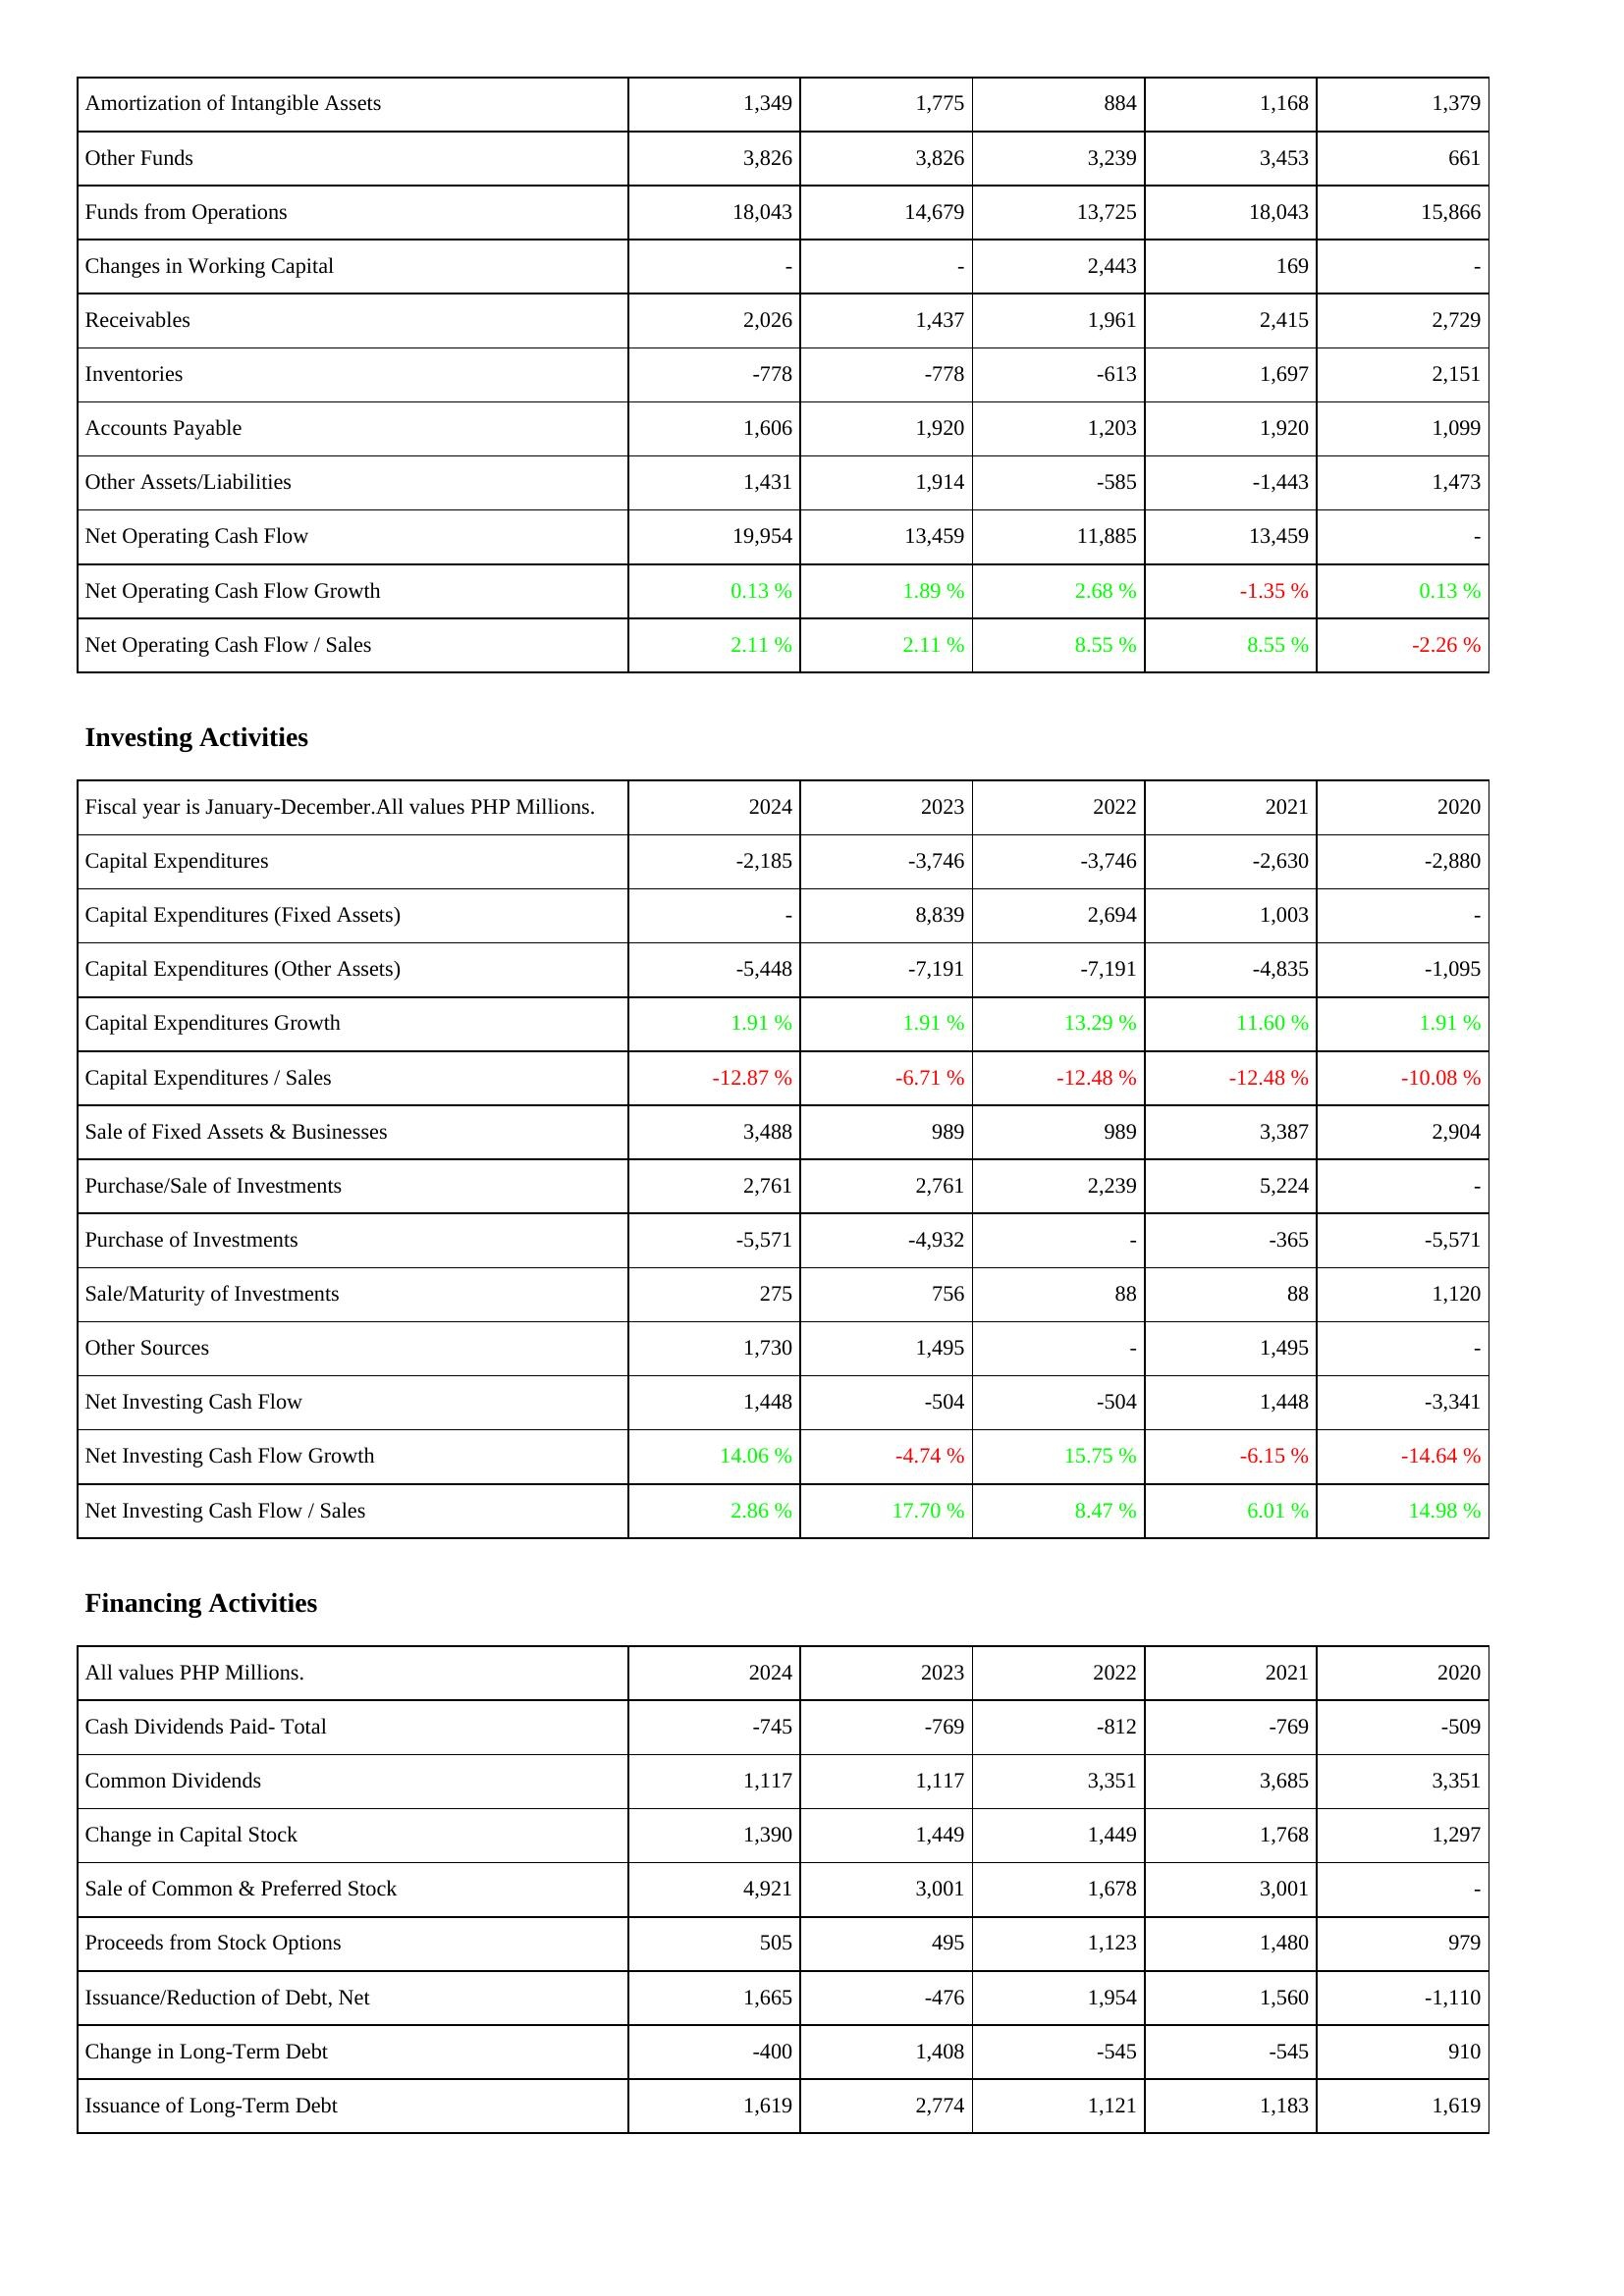
2024: Operating Activities: Amortization of Intangible Assets: 1,349
Other Funds: 3,826
Funds from Operations: 18,043
Changes in Working Capital: -
Receivables: 2,026
Inventories: -778
Accounts Payable: 1,606
Other Assets/Liabilities: 1,431
Net Operating Cash Flow: 19,954
Net Operating Cash Flow Growth: 0.13 %
Net Operating Cash Flow / Sales: 2.11 %
Investing Activities: Capital Expenditures: -2,185
Capital Expenditures (Fixed Assets): -
Capital Expenditures (Other Assets): -5,448
Capital Expenditures Growth: 1.91 %
Capital Expenditures / Sales: -12.87 %
Sale of Fixed Assets & Businesses: 3,488
Purchase/Sale of Investments: 2,761
Purchase of Investments: -5,571
Sale/Maturity of Investments: 275
Other Sources: 1,730
Net Investing Cash Flow: 1,448
Net Investing Cash Flow Growth: 14.06 %
Net Investing Cash Flow / Sales: 2.86 %
Financing Activities: Cash Dividends Paid- Total: -745
Common Dividends: 1,117
Change in Capital Stock: 1,390
Sale of Common & Preferred Stock: 4,921
Proceeds from Stock Options: 505
Issuance/Reduction of Debt, Net: 1,665
Change in Long-Term Debt: -400
Issuance of Long-Term Debt: 1,619
2023: Operating Activities: Amortization of Intangible Assets: 1,775
Other Funds: 3,826
Funds from Operations: 14,679
Changes in Working Capital: -
Receivables: 1,437
Inventories: -778
Accounts Payable: 1,920
Other Assets/Liabilities: 1,914
Net Operating Cash Flow: 13,459
Net Operating Cash Flow Growth: 1.89 %
Net Operating Cash Flow / Sales: 2.11 %
Investing Activities: Capital Expenditures: -3,746
Capital Expenditures (Fixed Assets): 8,839
Capital Expenditures (Other Assets): -7,191
Capital Expenditures Growth: 1.91 %
Capital Expenditures / Sales: -6.71 %
Sale of Fixed Assets & Businesses: 989
Purchase/Sale of Investments: 2,761
Purchase of Investments: -4,932
Sale/Maturity of Investments: 756
Other Sources: 1,495
Net Investing Cash Flow: -504
Net Investing Cash Flow Growth: -4.74 %
Net Investing Cash Flow / Sales: 17.70 %
Financing Activities: Cash Dividends Paid- Total: -769
Common Dividends: 1,117
Change in Capital Stock: 1,449
Sale of Common & Preferred Stock: 3,001
Proceeds from Stock Options: 495
Issuance/Reduction of Debt, Net: -476
Change in Long-Term Debt: 1,408
Issuance of Long-Term Debt: 2,774
2022: Operating Activities: Amortization of Intangible Assets: 884
Other Funds: 3,239
Funds from Operations: 13,725
Changes in Working Capital: 2,443
Receivables: 1,961
Inventories: -613
Accounts Payable: 1,203
Other Assets/Liabilities: -585
Net Operating Cash Flow: 11,885
Net Operating Cash Flow Growth: 2.68 %
Net Operating Cash Flow / Sales: 8.55 %
Investing Activities: Capital Expenditures: -3,746
Capital Expenditures (Fixed Assets): 2,694
Capital Expenditures (Other Assets): -7,191
Capital Expenditures Growth: 13.29 %
Capital Expenditures / Sales: -12.48 %
Sale of Fixed Assets & Businesses: 989
Purchase/Sale of Investments: 2,239
Purchase of Investments: -
Sale/Maturity of Investments: 88
Other Sources: -
Net Investing Cash Flow: -504
Net Investing Cash Flow Growth: 15.75 %
Net Investing Cash Flow / Sales: 8.47 %
Financing Activities: Cash Dividends Paid- Total: -812
Common Dividends: 3,351
Change in Capital Stock: 1,449
Sale of Common & Preferred Stock: 1,678
Proceeds from Stock Options: 1,123
Issuance/Reduction of Debt, Net: 1,954
Change in Long-Term Debt: -545
Issuance of Long-Term Debt: 1,121
2021: Operating Activities: Amortization of Intangible Assets: 1,168
Other Funds: 3,453
Funds from Operations: 18,043
Changes in Working Capital: 169
Receivables: 2,415
Inventories: 1,697
Accounts Payable: 1,920
Other Assets/Liabilities: -1,443
Net Operating Cash Flow: 13,459
Net Operating Cash Flow Growth: -1.35 %
Net Operating Cash Flow / Sales: 8.55 %
Investing Activities: Capital Expenditures: -2,630
Capital Expenditures (Fixed Assets): 1,003
Capital Expenditures (Other Assets): -4,835
Capital Expenditures Growth: 11.60 %
Capital Expenditures / Sales: -12.48 %
Sale of Fixed Assets & Businesses: 3,387
Purchase/Sale of Investments: 5,224
Purchase of Investments: -365
Sale/Maturity of Investments: 88
Other Sources: 1,495
Net Investing Cash Flow: 1,448
Net Investing Cash Flow Growth: -6.15 %
Net Investing Cash Flow / Sales: 6.01 %
Financing Activities: Cash Dividends Paid- Total: -769
Common Dividends: 3,685
Change in Capital Stock: 1,768
Sale of Common & Preferred Stock: 3,001
Proceeds from Stock Options: 1,480
Issuance/Reduction of Debt, Net: 1,560
Change in Long-Term Debt: -545
Issuance of Long-Term Debt: 1,183
2020: Operating Activities: Amortization of Intangible Assets: 1,379
Other Funds: 661
Funds from Operations: 15,866
Changes in Working Capital: -
Receivables: 2,729
Inventories: 2,151
Accounts Payable: 1,099
Other Assets/Liabilities: 1,473
Net Operating Cash Flow: -
Net Operating Cash Flow Growth: 0.13 %
Net Operating Cash Flow / Sales: -2.26 %
Investing Activities: Capital Expenditures: -2,880
Capital Expenditures (Fixed Assets): -
Capital Expenditures (Other Assets): -1,095
Capital Expenditures Growth: 1.91 %
Capital Expenditures / Sales: -10.08 %
Sale of Fixed Assets & Businesses: 2,904
Purchase/Sale of Investments: -
Purchase of Investments: -5,571
Sale/Maturity of Investments: 1,120
Other Sources: -
Net Investing Cash Flow: -3,341
Net Investing Cash Flow Growth: -14.64 %
Net Investing Cash Flow / Sales: 14.98 %
Financing Activities: Cash Dividends Paid- Total: -509
Common Dividends: 3,351
Change in Capital Stock: 1,297
Sale of Common & Preferred Stock: -
Proceeds from Stock Options: 979
Issuance/Reduction of Debt, Net: -1,110
Change in Long-Term Debt: 910
Issuance of Long-Term Debt: 1,619